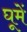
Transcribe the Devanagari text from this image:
घूमें